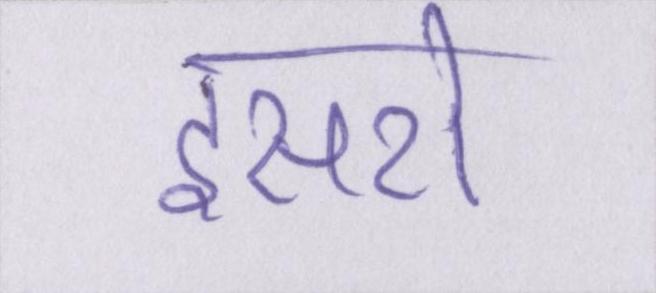
इसरो